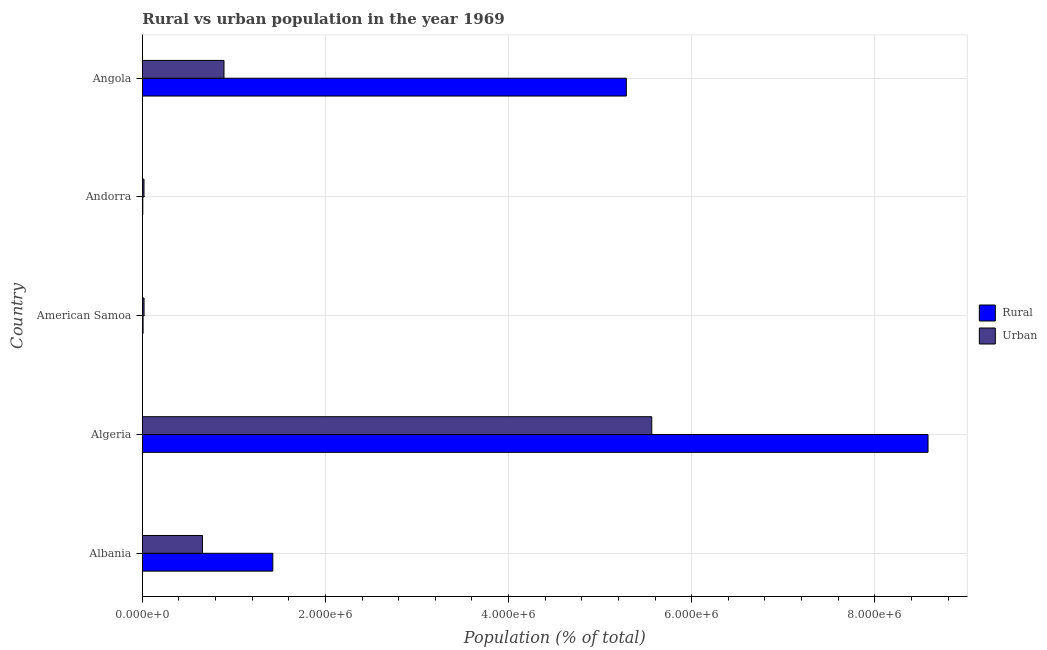
| Country | Rural | Urban |
 | --- | --- | --- |
 | Albania | 1.42e+06 | 6.57e+05 |
 | Algeria | 8.58e+06 | 5.56e+06 |
 | American Samoa | 7.99e+03 | 1.86e+04 |
 | Andorra | 4.98e+03 | 1.81e+04 |
 | Angola | 5.29e+06 | 8.92e+05 |